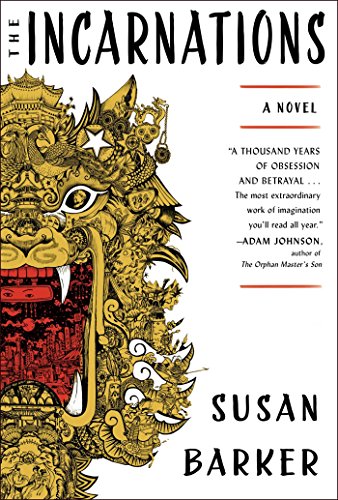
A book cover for The Incarnations: A Novel; Susan Barker; Literature & Fiction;